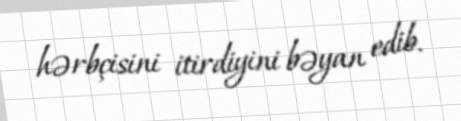
hərbçisini itirdiyini bəyan edib.